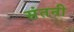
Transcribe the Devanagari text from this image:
संतनी